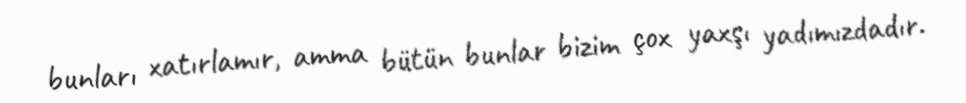
bunları xatırlamır, amma bütün bunlar bizim çox yaxşı yadımızdadır.